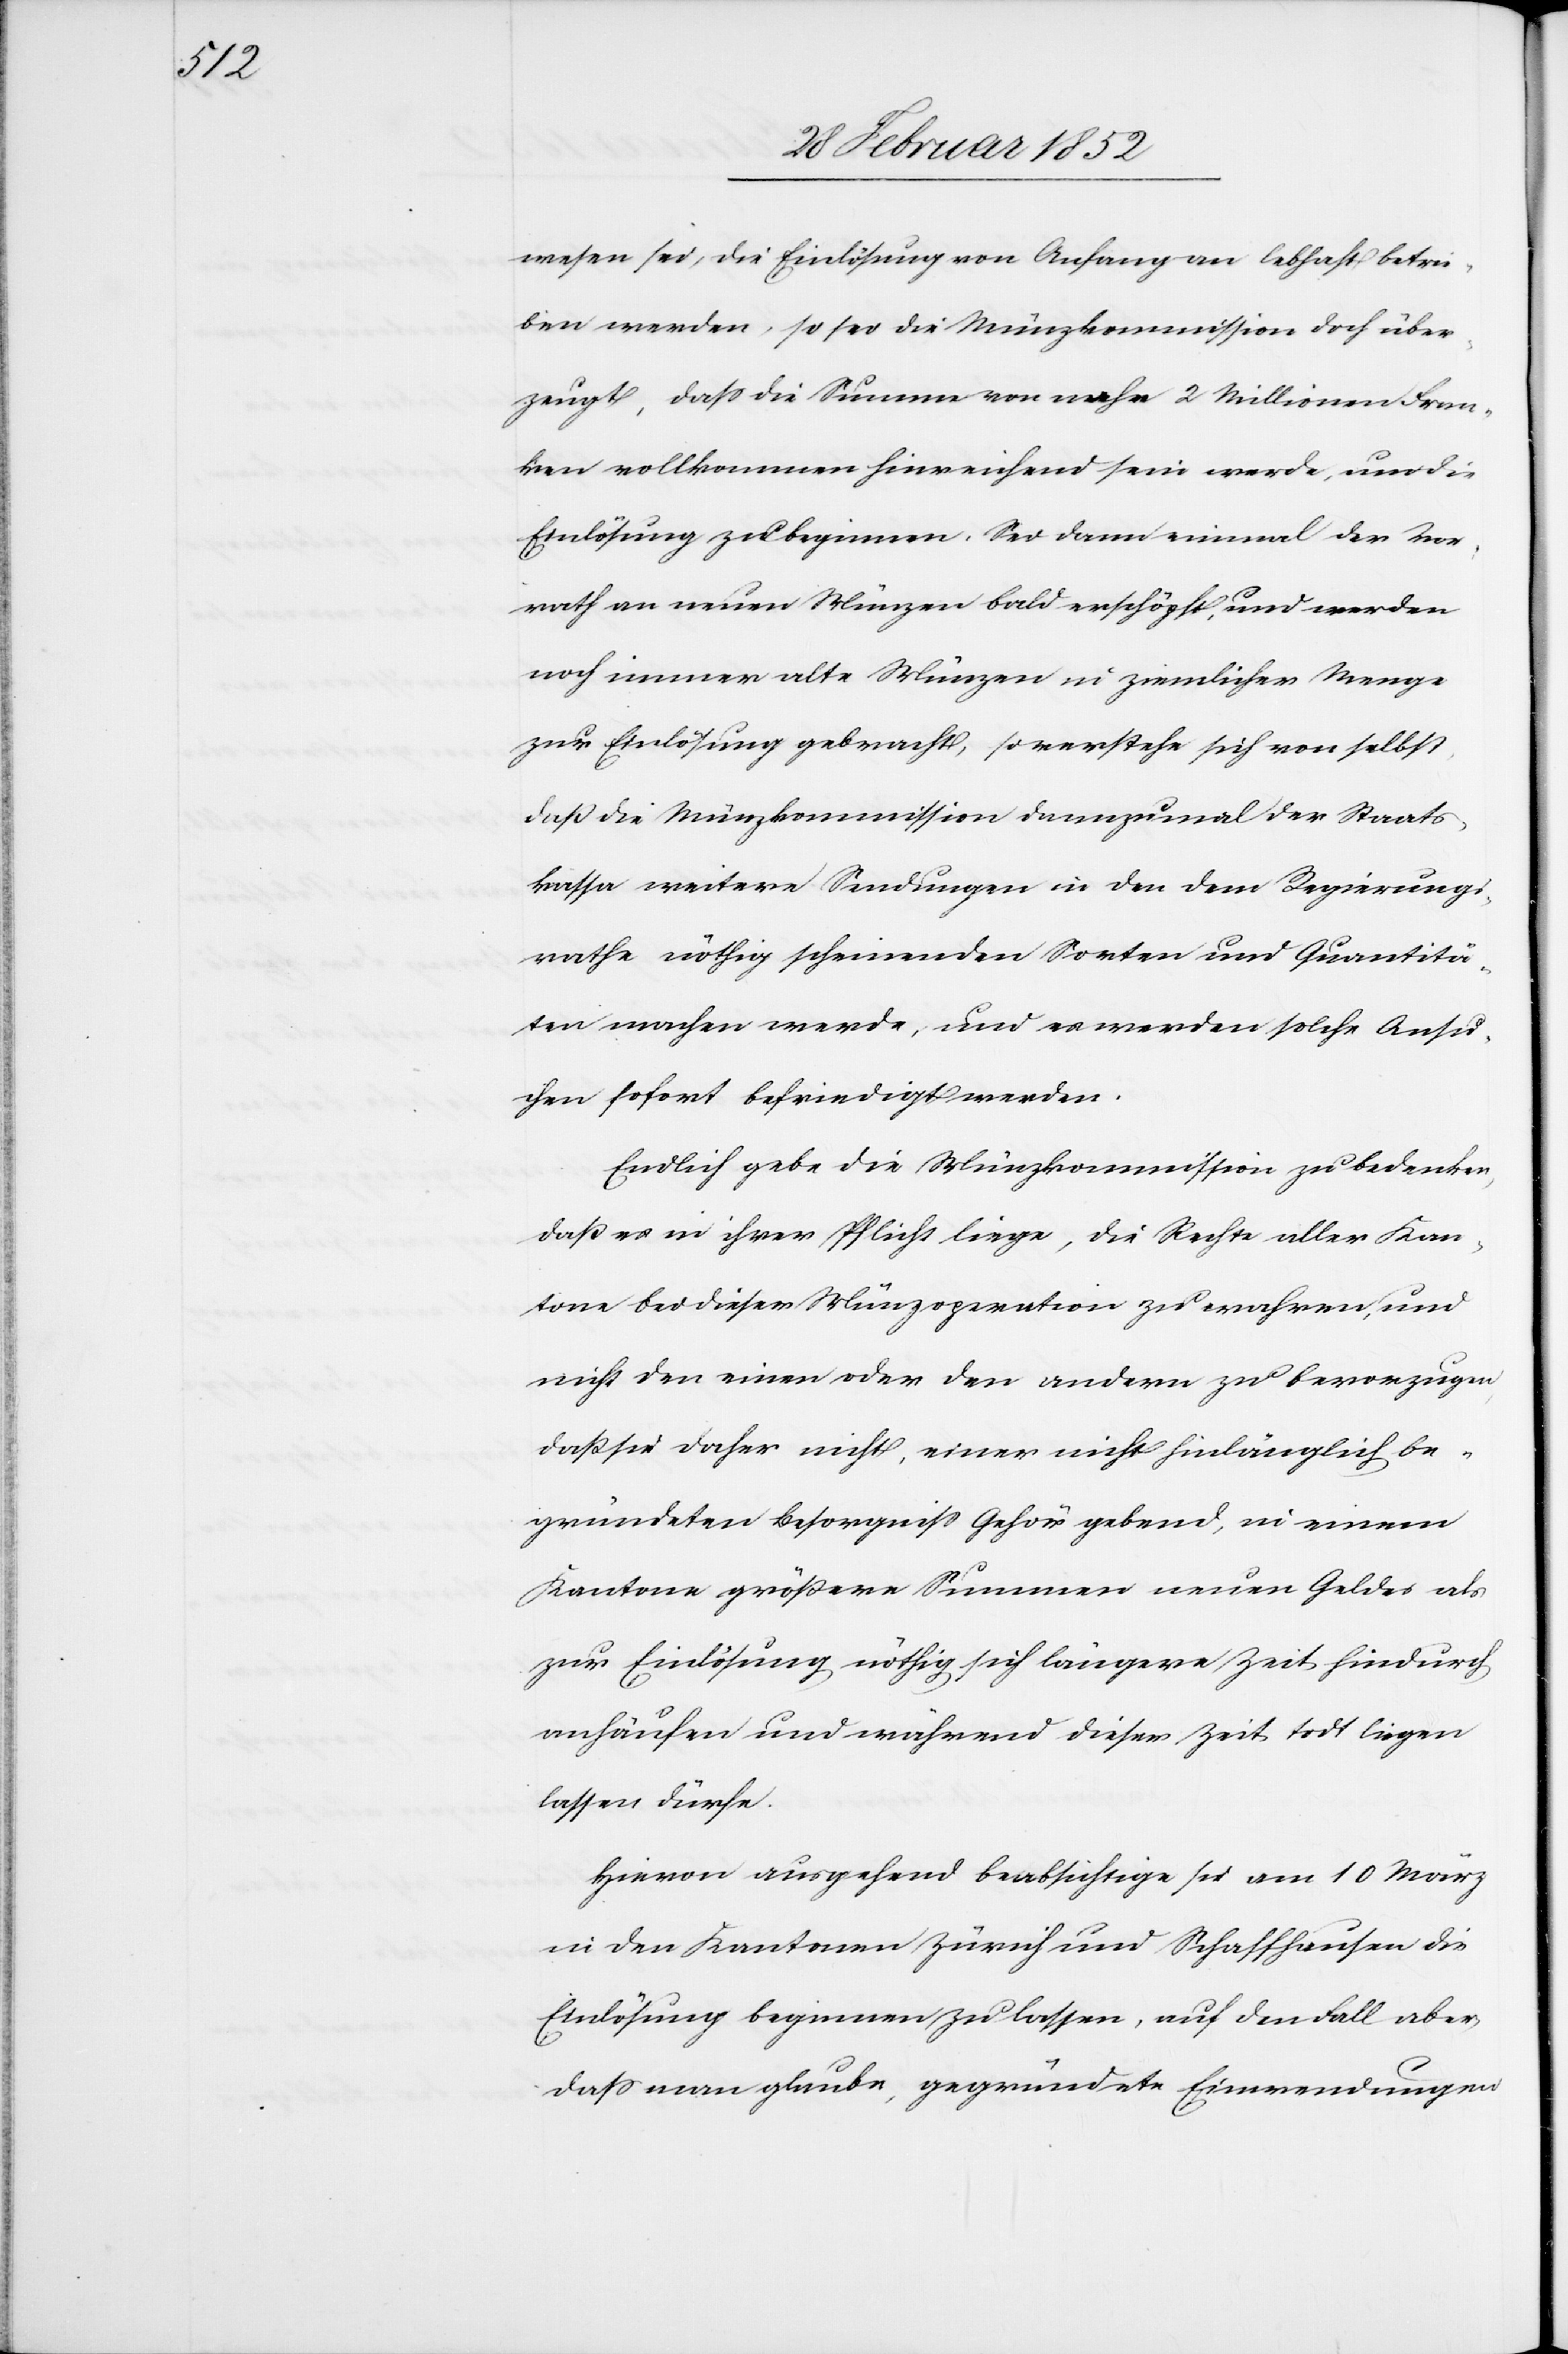
wesen sei, die Einlösung von Anfang an lebhaft betrie¬
ben werden, so sei die Münzkommission doch über¬
zeugt, daß die Summe von nahe 2 Millionen Fran¬
ken vollkommen hinreichend sein werde, und die
Einlösung zu beginnen. Sei dann einmal der Vor¬
rath an neuen Münzen bald erschöpft, und werden
noch immer alte Münzen in ziemlicher Menge
zur Einlösung gebracht, so verstehe sich von selbst,
daß die Münzkommission dannzumal der Staats¬
kassa weitere Sendungen in der dem Regierungs¬
rathe nöthig scheinenden Sorten und Quantitä¬
ten machen werde, und es werden solche Ansu¬
chen sofort befriedigt werden.
Endlich gebe die Münzkommission zu bedenken,
daß es in ihrer Pflicht liege, die Rechte aller Kan¬
tone bei dieser Münzoperation zu wahren, und
nicht den einen oder den andern zu bevorzugen,
daß sie daher nicht, einer nicht hinlänglich be¬
gründeten Besorgniß Gehör gebend, in einem
Kantone größere Summen neuen Geldes als
zur Einlösung nöthig sich längere Zeit hindurch
anhäufen und während dieser Zeit todt liegen
lassen dürfe.
Hievon ausgehend beabsichtige sie am 10 März
in den Kantonen Zürich und Schaffhausen die
Einlösung beginnen zu lassen, auf den Fall aber,
daß man glaube, gegründete Einwendungen